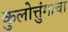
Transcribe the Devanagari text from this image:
कुलोत्तुंगाचा